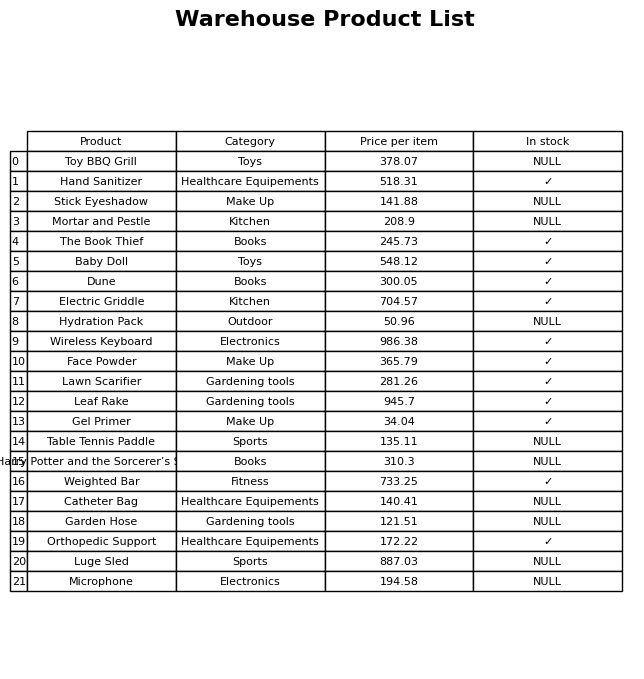
question: What is the price for The Book Thief?
answer: The price of The Book Thief is 245.73.